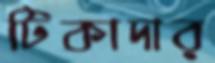
টিকাদার